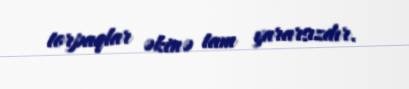
torpaqlar əkinə tam yararsızdır.